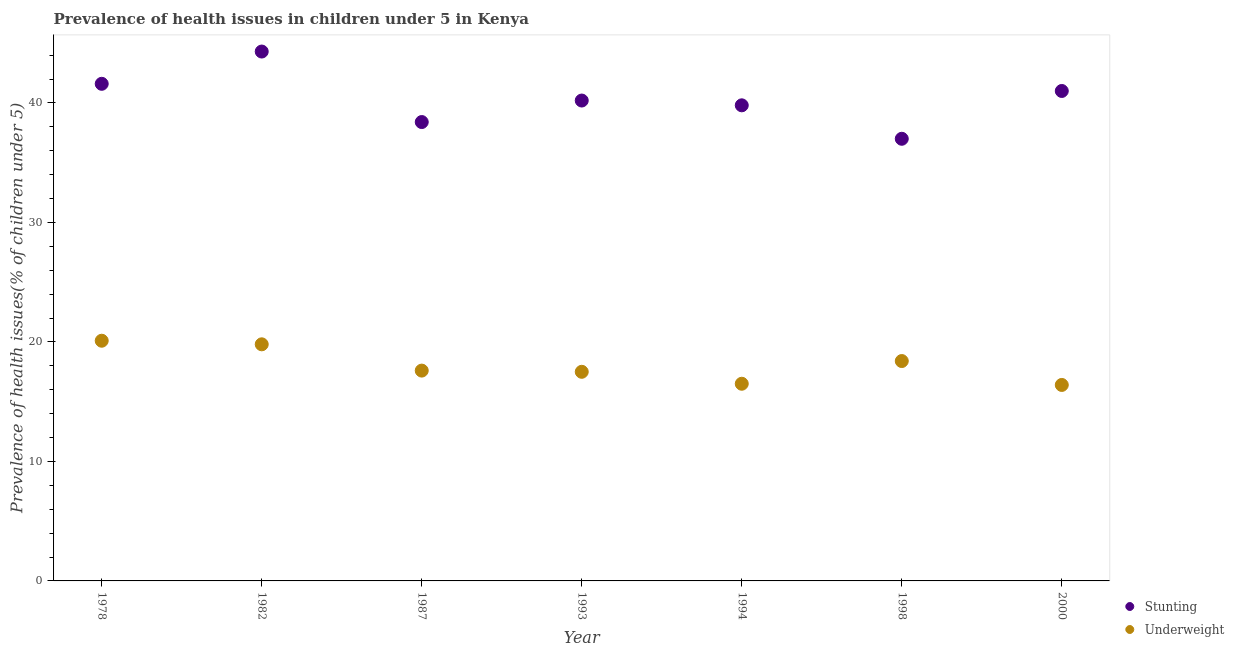
| Year | Stunting | Underweight |
 | --- | --- | --- |
 | 1978 | 41.6 | 20.1 |
 | 1982 | 44.3 | 19.8 |
 | 1987 | 38.4 | 17.6 |
 | 1993 | 40.2 | 17.5 |
 | 1994 | 39.8 | 16.5 |
 | 1998 | 37 | 18.4 |
 | 2000 | 41 | 16.4 |